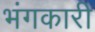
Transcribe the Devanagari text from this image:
भंगकारी